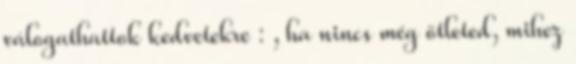
válogathattok kedvetekre : , ha nincs még ötleted, mihez